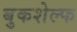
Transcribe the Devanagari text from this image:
बुकशेल्फ